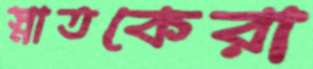
স্নাতকেরা